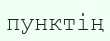
пунктің